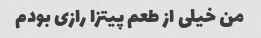
من خیلی از طعم پیتزا رازی بودم